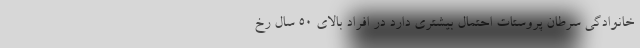
خانوادگی سرطان پروستات احتمال بیشتری دارد در افراد بالای 50 سال رخ